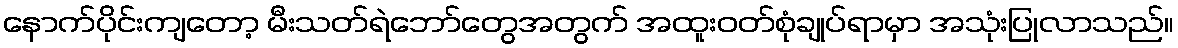
နောက်ပိုင်းကျတော့ မီးသတ်ရဲဘော်တွေအတွက် အထူးဝတ်စုံချုပ်ရာမှာ အသုံးပြုလာသည်။